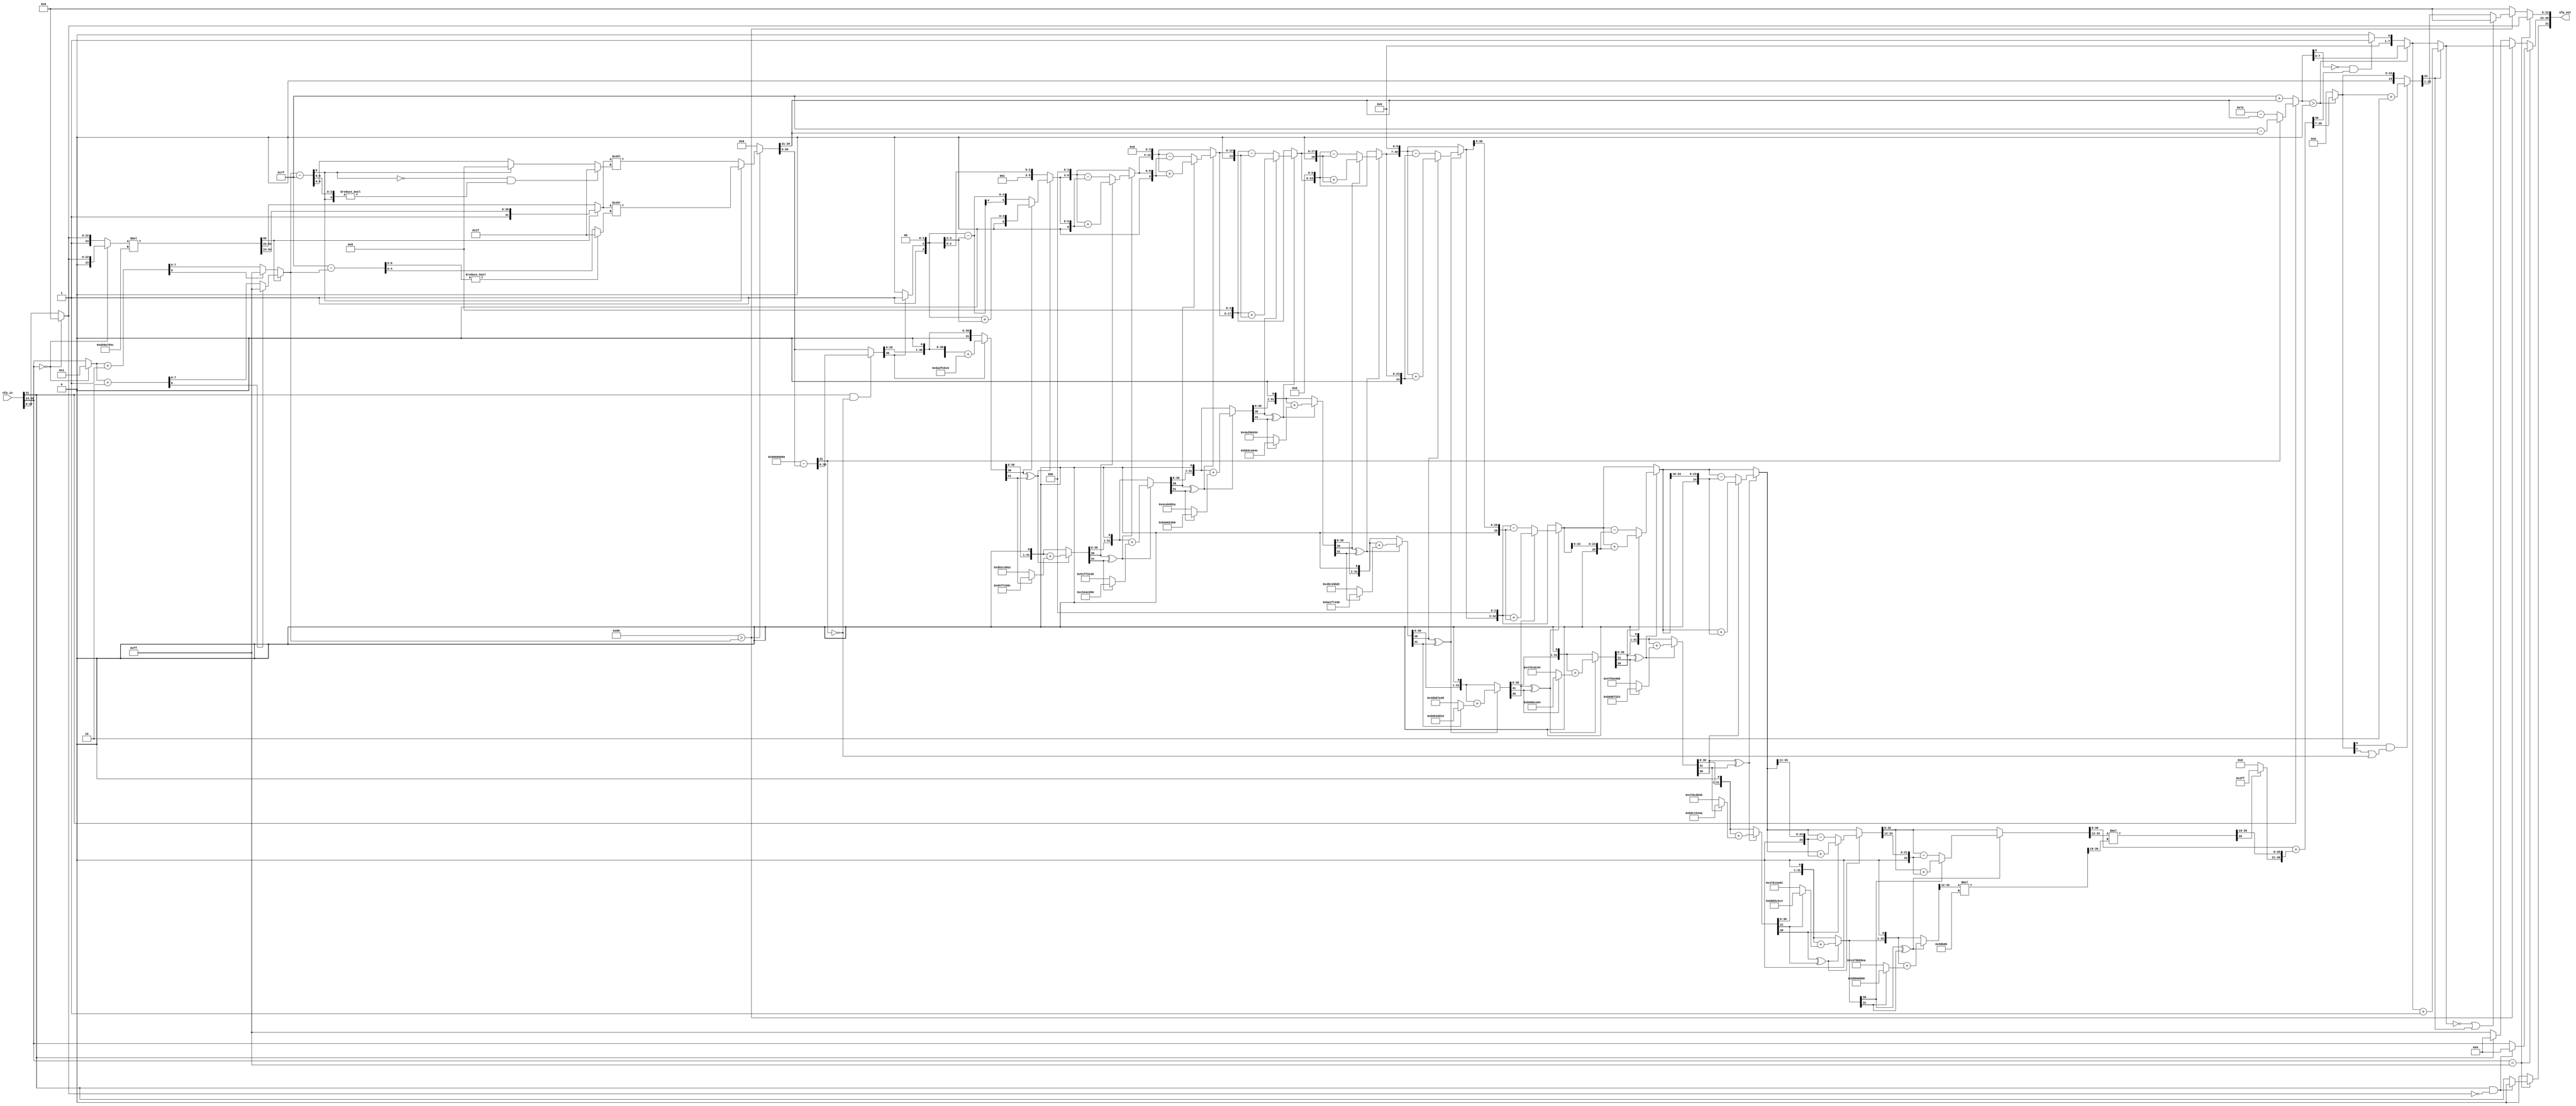
// -------------------------------------------------------------
// 
// 
// Generated by MATLAB 9.12 and HDL Coder 3.20
// 
// -------------------------------------------------------------


// -------------------------------------------------------------
// 
// Module: nfp_pow10_single
// Source Path: SimulinkCFARHDLWorkflowExampleNew/CFAR Implementation Model/Alpha HDL/nfp_pow10_single
// Hierarchy Level: 2
// 
// {Latency Strategy = "Zero", Denormal Handling = "off"}
// 
// -------------------------------------------------------------

`timescale 1 ns / 1 ns

module nfp_pow10_single
          (nfp_in,
           nfp_out);


  input   [31:0] nfp_in;  // ufix32
  output  [31:0] nfp_out;  // ufix32


  wire aSign;  // ufix1
  wire [7:0] aExponent;  // ufix8
  wire [22:0] aMantissa;  // ufix23
  wire aExponent_cfType_Exponent_I_out1;  // ufix1
  wire C3_out1;  // ufix1
  wire Compare_To_Zero_out1;  // ufix1
  wire [22:0] Constant_out1;  // ufix23
  wire [22:0] Switch_out1;  // ufix23
  wire aMantissa_0_out1;  // ufix1
  wire alphaaMantissa_0_aSign_out1;  // ufix1
  wire C2_out1;  // ufix1
  wire if_aMantissa_0_aSign_2_out1;  // ufix1
  wire if_aExponent_cfType_Exponent_2_out1;  // ufix1
  wire signed [10:0] C1_out1;  // sfix11
  wire signed [10:0] C_out1;  // sfix11
  wire signed [10:0] if_aSign_out1;  // sfix11
  wire [2:0] alpha0_out1;  // ufix3
  wire Exponent_0_out1;  // ufix1
  wire alpha1_out1;  // ufix1
  wire [23:0] Bit_Concat1_out1;  // ufix24
  wire alpha0_out1_1;  // ufix1
  wire [23:0] Bit_Concat_out1;  // ufix24
  wire [23:0] if_Exponent_0_cfType_Exp_out1;  // ufix24
  wire [23:0] reinterpretcast_mant_cor_nume_out1;  // ufix24_En23
  wire [32:0] alpha1_66096404753625392914_out1;  // ufix33_En31
  wire [56:0] tmp1_1_66096404753625392914_mul_temp;  // ufix57_En54
  wire [32:0] tmp1_1_66096404753625392914_out1;  // ufix33_En31
  wire BitSlice_out1;  // ufix1
  wire [7:0] C_out1_1;  // ufix8
  wire [7:0] if_Exponent_0_out1;  // ufix8
  wire [7:0] C1_out1_1;  // ufix8
  wire [8:0] exp_cor_1_add_temp;  // ufix9
  wire [8:0] exp_cor_1_1;  // ufix9
  wire [8:0] exp_cor_1_2;  // ufix9
  wire [7:0] exp_cor_1_out1;  // ufix8
  wire [7:0] C_out1_2;  // ufix8
  wire [8:0] exp_cor_2_add_temp;  // ufix9
  wire [8:0] exp_cor_2_1;  // ufix9
  wire [8:0] exp_cor_2_2;  // ufix9
  wire [7:0] exp_cor_2_out1;  // ufix8
  wire [7:0] if_bitget_tmp2_tmp2_WordLength_out1;  // ufix8
  wire [10:0] Bit_Concat_out1_1;  // ufix11
  wire signed [10:0] reinterpretcast_bitconcat_fi_0_out1;  // sfix11
  wire exp_tmp_upperBound_relop1;
  wire [7:0] C1_out1_2;  // ufix8
  wire [7:0] C_out1_3;  // ufix8
  wire [7:0] if_aSign_out1_1;  // ufix8
  wire alpha0_out1_2;  // ufix1
  wire signed [9:0] alpha127_out1;  // sfix10
  wire alpha1_out1_1;  // ufix1
  wire [39:0] C4_out1;  // ufix40_En31
  wire signed [10:0] cast_cfType_ExponentBias_lik_out1;  // sfix11
  wire signed [11:0] exp_tmp_cast_cfType_Exponent_1;  // sfix12
  wire signed [11:0] exp_tmp_cast_cfType_Exponent_2;  // sfix12
  wire signed [11:0] exp_tmp_cast_cfType_Exponent_out1;  // sfix12
  wire signed [10:0] DTC_out1;  // sfix11
  wire BitSlice_out1_1;  // ufix1
  wire [7:0] alpha3_out1;  // ufix8
  wire [31:0] BitSlice2_out1;  // ufix32
  wire [31:0] reinterpretcast_bitsliceget_t_out1;  // ufix32_En31
  wire [31:0] BitSlice1_out1;  // ufix32
  wire [31:0] reinterpretcast_bitsliceget_t_out1_1;  // ufix32_En31
  wire [31:0] if_bitget_tmp2_tmp2_WordLength_1_out1;  // ufix32_En31
  wire [39:0] Bit_Concat3_out1;  // ufix40
  wire [39:0] reinterpretcast_bitconcat_fi_0_out1_1;  // ufix40_En31
  wire [4:0] DTC2_out1;  // ufix5
  wire [7:0] dynamic_shift_cast;  // uint8
  wire [39:0] bitsll_tmp1_shift_length_out1;  // ufix40_En31
  wire [7:0] cast_cfType_ExponentBias_lik_out1_1;  // ufix8
  wire signed [11:0] cast_cfType_ExponentBias_lik_sub_temp;  // sfix12
  wire signed [11:0] cast_cfType_ExponentBias_lik_3;  // sfix12
  wire signed [11:0] cast_cfType_ExponentBias_lik_4;  // sfix12
  wire [8:0] cast_cfType_ExponentBias_lik_out1_2;  // ufix9
  wire [4:0] DTC1_out1;  // ufix5
  wire [7:0] dynamic_shift_cast_1;  // uint8
  wire [39:0] Shift_Arithmetic_out1;  // ufix40_En31
  wire [39:0] if_shift_sign_out1;  // ufix40_En31
  wire [39:0] if_exp_tmp_upperBound_1_out1;  // ufix40_En31
  wire [8:0] BitSlice2_out1_1;  // ufix9
  wire [9:0] Bit_Concat1_out1_1;  // ufix10
  wire signed [9:0] reinterpretcast_bitconcat_fi_0_out1_2;  // sfix10
  wire signed [9:0] alpha127_exp_tmp_out1;  // sfix10
  wire [31:0] cast_1_like_mant_frac_out1;  // ufix32_En31
  wire alpha0_out1_3;  // ufix1
  wire [30:0] BitSlice_out1_2;  // ufix31
  wire [31:0] Bit_Concat_out1_2;  // ufix32
  wire [31:0] reinterpretcast_bitconcat_fi_0_out1_3;  // ufix32_En31
  wire [31:0] cast_1_like_mant_frac_m_out1;  // ufix32_En31
  wire BitSlice1_out1_1;  // ufix1
  wire Logical_Operator_out1;  // ufix1
  wire signed [9:0] C1_out1_3;  // sfix10
  wire signed [9:0] exp_adj_exp_tmp_out1;  // sfix10
  wire signed [9:0] C_out1_4;  // sfix10
  wire signed [9:0] exp_adj_exp_tmp1_out1;  // sfix10
  wire signed [9:0] if_sticky_out1;  // sfix10
  wire signed [9:0] if_aSign_1_out1;  // sfix10
  wire exp_out_0_out1;  // ufix1
  wire [23:0] C2_out1_1;  // ufix24
  wire Logical_Operator1_out1;  // ufix1
  wire [31:0] if_sticky_1_out1;  // ufix32_En31
  wire Constant_out1_1;  // ufix1
  wire [32:0] Bit_Concat_out1_3;  // ufix33
  wire signed [32:0] Data_Type_Conversion_out1;  // sfix33_En31
  wire BitSlice_out1_3;  // ufix1
  wire signed [32:0] Log2Table_1_out1;  // sfix33_En31
  wire signed [32:0] w_Log2Table_1_out1;  // sfix33_En31
  wire signed [32:0] if_bitget_w_w_WordLength_1_out1;  // sfix33_En31
  wire signed [32:0] bitsll_w_1_out1;  // sfix33_En31
  wire BitSlice1_out1_2;  // ufix1
  wire BitSlice_out1_4;  // ufix1
  wire alphabitget_w_w_WordLength_1_out1;  // ufix1
  wire signed [32:0] Log2Table_int32_2_out1;  // sfix33_En31
  wire signed [32:0] Log2MinusTable_int32_2_out1;  // sfix33_En31
  wire signed [32:0] if_bitget_w_w_WordLength_0_out1;  // sfix33_En31
  wire signed [32:0] w_Log2MinusTable_int32_2_1_out1;  // sfix33_En31
  wire signed [32:0] if_bitget_w_w_WordLength_1_out1_1;  // sfix33_En31
  wire signed [32:0] bitsll_w_1_out1_1;  // sfix33_En31
  wire BitSlice1_out1_3;  // ufix1
  wire BitSlice_out1_5;  // ufix1
  wire alphabitget_w_w_WordLength_1_out1_1;  // ufix1
  wire signed [32:0] Log2Table_int32_3_out1;  // sfix33_En31
  wire signed [32:0] Log2MinusTable_int32_3_out1;  // sfix33_En31
  wire signed [32:0] if_bitget_w_w_WordLength_0_out1_1;  // sfix33_En31
  wire signed [32:0] w_Log2MinusTable_int32_2_out1;  // sfix33_En31
  wire signed [32:0] if_bitget_w_w_WordLength_1_out1_2;  // sfix33_En31
  wire signed [32:0] bitsll_w_1_out1_2;  // sfix33_En31
  wire BitSlice1_out1_4;  // ufix1
  wire BitSlice_out1_6;  // ufix1
  wire alphabitget_w_w_WordLength_1_out1_2;  // ufix1
  wire signed [32:0] Log2Table_int32_4_out1;  // sfix33_En31
  wire signed [32:0] Log2MinusTable_int32_4_out1;  // sfix33_En31
  wire signed [32:0] if_bitget_w_w_WordLength_0_out1_2;  // sfix33_En31
  wire signed [32:0] w_Log2MinusTable_int32_2_out1_1;  // sfix33_En31
  wire signed [32:0] if_bitget_w_w_WordLength_1_out1_3;  // sfix33_En31
  wire signed [32:0] bitsll_w_1_out1_3;  // sfix33_En31
  wire BitSlice1_out1_5;  // ufix1
  wire BitSlice_out1_7;  // ufix1
  wire alphabitget_w_w_WordLength_1_out1_3;  // ufix1
  wire signed [32:0] Log2Table_int32_5_out1;  // sfix33_En31
  wire signed [32:0] Log2MinusTable_int32_5_out1;  // sfix33_En31
  wire signed [32:0] if_bitget_w_w_WordLength_0_out1_3;  // sfix33_En31
  wire signed [32:0] w_Log2MinusTable_int32_2_out1_2;  // sfix33_En31
  wire signed [32:0] if_bitget_w_w_WordLength_1_out1_4;  // sfix33_En31
  wire signed [32:0] bitsll_w_1_out1_4;  // sfix33_En31
  wire BitSlice1_out1_6;  // ufix1
  wire BitSlice_out1_8;  // ufix1
  wire alphabitget_w_w_WordLength_1_out1_4;  // ufix1
  wire signed [32:0] Log2Table_int32_6_out1;  // sfix33_En31
  wire signed [32:0] Log2MinusTable_int32_6_out1;  // sfix33_En31
  wire signed [32:0] if_bitget_w_w_WordLength_0_out1_4;  // sfix33_En31
  wire signed [32:0] w_Log2MinusTable_int32_2_out1_3;  // sfix33_En31
  wire signed [32:0] if_bitget_w_w_WordLength_1_out1_5;  // sfix33_En31
  wire signed [32:0] bitsll_w_1_out1_5;  // sfix33_En31
  wire BitSlice1_out1_7;  // ufix1
  wire BitSlice_out1_9;  // ufix1
  wire alphabitget_w_w_WordLength_1_out1_5;  // ufix1
  wire signed [32:0] Log2Table_int32_7_out1;  // sfix33_En31
  wire signed [32:0] Log2MinusTable_int32_7_out1;  // sfix33_En31
  wire signed [32:0] if_bitget_w_w_WordLength_0_out1_5;  // sfix33_En31
  wire signed [32:0] w_Log2MinusTable_int32_2_out1_4;  // sfix33_En31
  wire signed [32:0] if_bitget_w_w_WordLength_1_out1_6;  // sfix33_En31
  wire signed [32:0] bitsll_w_1_out1_6;  // sfix33_En31
  wire BitSlice1_out1_8;  // ufix1
  wire BitSlice_out1_10;  // ufix1
  wire alphabitget_w_w_WordLength_1_out1_6;  // ufix1
  wire signed [32:0] Log2Table_int32_8_out1;  // sfix33_En31
  wire signed [32:0] Log2MinusTable_int32_8_out1;  // sfix33_En31
  wire signed [32:0] if_bitget_w_w_WordLength_0_out1_6;  // sfix33_En31
  wire signed [32:0] w_Log2MinusTable_int32_2_out1_5;  // sfix33_En31
  wire signed [32:0] if_bitget_w_w_WordLength_1_out1_7;  // sfix33_En31
  wire signed [32:0] bitsll_w_1_out1_7;  // sfix33_En31
  wire BitSlice1_out1_9;  // ufix1
  wire BitSlice_out1_11;  // ufix1
  wire alphabitget_w_w_WordLength_1_out1_7;  // ufix1
  wire signed [32:0] Log2Table_int32_9_out1;  // sfix33_En31
  wire signed [32:0] Log2MinusTable_int32_9_out1;  // sfix33_En31
  wire signed [32:0] if_bitget_w_w_WordLength_0_out1_7;  // sfix33_En31
  wire signed [32:0] w_Log2MinusTable_int32_2_out1_6;  // sfix33_En31
  wire signed [32:0] if_bitget_w_w_WordLength_1_out1_8;  // sfix33_En31
  wire signed [32:0] bitsll_w_1_out1_8;  // sfix33_En31
  wire BitSlice1_out1_10;  // ufix1
  wire BitSlice_out1_12;  // ufix1
  wire alphabitget_w_w_WordLength_1_out1_8;  // ufix1
  wire signed [32:0] Log2Table_int32_10_out1;  // sfix33_En31
  wire signed [32:0] Log2MinusTable_int32_10_out1;  // sfix33_En31
  wire signed [32:0] if_bitget_w_w_WordLength_0_out1_8;  // sfix33_En31
  wire signed [32:0] w_Log2MinusTable_int32_2_out1_7;  // sfix33_En31
  wire signed [32:0] if_bitget_w_w_WordLength_1_out1_9;  // sfix33_En31
  wire signed [32:0] bitsll_w_1_out1_9;  // sfix33_En31
  wire BitSlice1_out1_11;  // ufix1
  wire BitSlice_out1_13;  // ufix1
  wire alphabitget_w_w_WordLength_1_out1_9;  // ufix1
  wire signed [32:0] Log2Table_int32_11_out1;  // sfix33_En31
  wire signed [32:0] Log2MinusTable_int32_11_out1;  // sfix33_En31
  wire signed [32:0] if_bitget_w_w_WordLength_0_out1_9;  // sfix33_En31
  wire signed [32:0] w_Log2MinusTable_int32_2_out1_8;  // sfix33_En31
  wire signed [32:0] if_bitget_w_w_WordLength_1_out1_10;  // sfix33_En31
  wire signed [32:0] bitsll_w_1_out1_10;  // sfix33_En31
  wire BitSlice1_out1_12;  // ufix1
  wire BitSlice_out1_14;  // ufix1
  wire alphabitget_w_w_WordLength_1_out1_10;  // ufix1
  wire signed [3:0] C1_out1_4;  // sfix4_En1
  wire signed [3:0] C_out1_5;  // sfix4_En1
  wire signed [3:0] if_bitget_w_w_WordLength_1_1_out1;  // sfix4_En1
  wire [1:0] Constant_out1_2;  // ufix2
  wire [5:0] Bit_Concat_out1_4;  // ufix6
  wire signed [5:0] dtc1_out1_1;  // sfix6_En3
  wire signed [5:0] bitsrl_y_int32_2_out1;  // sfix6_En3
  wire signed [5:0] y_tmp1_out1;  // sfix6_En3
  wire signed [5:0] y_tmp1_out1_1;  // sfix6_En3
  wire signed [5:0] if_bitget_w_w_WordLength_0_1_out1;  // sfix6_En3
  wire signed [5:0] if_bitget_w_w_WordLength_1_1_out1_1;  // sfix6_En3
  wire [2:0] Constant_out1_3;  // ufix3
  wire [8:0] Bit_Concat_out1_5;  // ufix9
  wire signed [8:0] dtc1_out1_2;  // sfix9_En6
  wire signed [8:0] bitsrl_y_int32_2_out1_1;  // sfix9_En6
  wire signed [8:0] y_tmp1_out1_2;  // sfix9_En6
  wire signed [8:0] y_tmp1_out1_3;  // sfix9_En6
  wire signed [8:0] if_bitget_w_w_WordLength_0_1_out1_1;  // sfix9_En6
  wire signed [8:0] if_bitget_w_w_WordLength_1_1_out1_2;  // sfix9_En6
  wire [3:0] Constant_out1_4;  // ufix4
  wire [12:0] Bit_Concat_out1_6;  // ufix13
  wire signed [12:0] dtc1_out1_3;  // sfix13_En10
  wire signed [12:0] bitsrl_y_int32_2_out1_2;  // sfix13_En10
  wire signed [12:0] y_tmp1_out1_4;  // sfix13_En10
  wire signed [12:0] y_tmp1_out1_5;  // sfix13_En10
  wire signed [12:0] if_bitget_w_w_WordLength_0_1_out1_2;  // sfix13_En10
  wire signed [12:0] if_bitget_w_w_WordLength_1_1_out1_3;  // sfix13_En10
  wire [4:0] Constant_out1_5;  // ufix5
  wire [17:0] Bit_Concat_out1_7;  // ufix18
  wire signed [17:0] dtc1_out1_4;  // sfix18_En15
  wire signed [17:0] bitsrl_y_int32_2_out1_3;  // sfix18_En15
  wire signed [17:0] y_tmp1_out1_6;  // sfix18_En15
  wire signed [17:0] y_tmp1_out1_7;  // sfix18_En15
  wire signed [17:0] if_bitget_w_w_WordLength_0_1_out1_3;  // sfix18_En15
  wire signed [17:0] if_bitget_w_w_WordLength_1_1_out1_4;  // sfix18_En15
  wire [5:0] Constant_out1_6;  // ufix6
  wire [23:0] Bit_Concat_out1_8;  // ufix24
  wire signed [23:0] dtc1_out1_5;  // sfix24_En21
  wire signed [23:0] bitsrl_y_int32_2_out1_4;  // sfix24_En21
  wire signed [23:0] y_tmp1_out1_8;  // sfix24_En21
  wire signed [23:0] y_tmp1_out1_9;  // sfix24_En21
  wire signed [23:0] if_bitget_w_w_WordLength_0_1_out1_4;  // sfix24_En21
  wire signed [23:0] if_bitget_w_w_WordLength_1_1_out1_5;  // sfix24_En21
  wire [6:0] Constant_out1_7;  // ufix7
  wire [30:0] Bit_Concat_out1_9;  // ufix31
  wire signed [30:0] dtc1_out1_6;  // sfix31_En28
  wire signed [30:0] bitsrl_y_int32_2_out1_5;  // sfix31_En28
  wire signed [30:0] y_tmp1_out1_10;  // sfix31_En28
  wire signed [30:0] y_tmp1_out1_11;  // sfix31_En28
  wire signed [30:0] if_bitget_w_w_WordLength_0_1_out1_5;  // sfix31_En28
  wire signed [30:0] if_bitget_w_w_WordLength_1_1_out1_6;  // sfix31_En28
  wire [2:0] Constant_out1_8;  // ufix3
  wire [33:0] Bit_Concat_out1_10;  // ufix34
  wire signed [33:0] dtc1_out1_7;  // sfix34_En31
  wire signed [33:0] bitsrl_y_int32_2_out1_6;  // sfix34_En31
  wire signed [33:0] y_tmp1_out1_12;  // sfix34_En31
  wire signed [33:0] y_tmp1_out1_13;  // sfix34_En31
  wire signed [33:0] if_bitget_w_w_WordLength_0_1_out1_6;  // sfix34_En31
  wire signed [33:0] if_bitget_w_w_WordLength_1_1_out1_7;  // sfix34_En31
  wire signed [33:0] bitsrl_y_int32_2_out1_7;  // sfix34_En31
  wire signed [33:0] y_tmp1_out1_14;  // sfix34_En31
  wire signed [33:0] y_tmp1_out1_15;  // sfix34_En31
  wire signed [33:0] if_bitget_w_w_WordLength_0_1_out1_7;  // sfix34_En31
  wire signed [33:0] if_bitget_w_w_WordLength_1_1_out1_8;  // sfix34_En31
  wire signed [33:0] bitsrl_y_int32_2_out1_8;  // sfix34_En31
  wire signed [33:0] y_tmp1_out1_16;  // sfix34_En31
  wire signed [33:0] y_tmp1_out1_17;  // sfix34_En31
  wire signed [33:0] if_bitget_w_w_WordLength_0_1_out1_8;  // sfix34_En31
  wire signed [33:0] if_bitget_w_w_WordLength_1_1_out1_9;  // sfix34_En31
  wire signed [33:0] bitsrl_y_int32_2_out1_9;  // sfix34_En31
  wire signed [33:0] y_tmp1_out1_18;  // sfix34_En31
  wire signed [33:0] y_tmp1_out1_19;  // sfix34_En31
  wire signed [33:0] if_bitget_w_w_WordLength_0_1_out1_9;  // sfix34_En31
  wire signed [33:0] if_bitget_w_w_WordLength_1_1_out1_10;  // sfix34_En31
  wire signed [33:0] bitsrl_y_int32_2_out1_10;  // sfix34_En31
  wire signed [33:0] y_tmp1_out1_20;  // sfix34_En31
  wire signed [33:0] y_tmp1_out1_21;  // sfix34_En31
  wire signed [33:0] if_bitget_w_w_WordLength_0_1_out1_10;  // sfix34_En31
  wire signed [33:0] if_bitget_w_w_WordLength_1_1_out1_11;  // sfix34_En31
  wire signed [32:0] Log2Table_int32_11_out1_1;  // sfix33_En31
  wire signed [32:0] Log2MinusTable_int32_11_out1_1;  // sfix33_En31
  wire signed [32:0] if_bitget_w_w_WordLength_0_out1_10;  // sfix33_En31
  wire signed [32:0] w_Log2MinusTable_int32_2_out1_9;  // sfix33_En31
  wire signed [32:0] if_bitget_w_w_WordLength_1_out1_11;  // sfix33_En31
  wire [20:0] Bit_Slice_out1;  // ufix21
  wire signed [20:0] Data_Type_Conversion_out1_1;  // sfix21_En19
  wire [20:0] Bit_Slice2_out1;  // ufix21
  wire signed [20:0] Data_Type_Conversion1_out1;  // sfix21_En19
  wire signed [20:0] alpha0_69314717873930931_out1;  // sfix21_En19
  wire signed [41:0] tmp1_0_69314717873930931_mul_temp;  // sfix42_En38
  wire signed [20:0] tmp1_0_69314717873930931_out1;  // sfix21_En19
  wire signed [41:0] tmp2_y_mul_temp;  // sfix42_En38
  wire signed [20:0] tmp2_y_out1;  // sfix21_En19
  wire Bit_Slice1_out1;  // ufix1
  wire signed [12:0] Constant1_out1;  // sfix13
  wire signed [12:0] Constant_out1_9;  // sfix13
  wire signed [12:0] Switch_out1_1;  // sfix13
  wire [33:0] Bit_Concat_out1_11;  // ufix34
  wire signed [33:0] DTC2_out1_1;  // sfix34_En31
  wire signed [33:0] y_tmp3_out1;  // sfix34_En31
  wire [23:0] BitSlice_out1_15;  // ufix24
  wire [23:0] if_exp_out_0_1_out1;  // ufix24
  wire [24:0] Bit_Concat_out1_12;  // ufix25
  wire BitSlice_out1_16;  // ufix1
  wire BitSlice1_out1_13;  // ufix1
  wire alphabitget_Mant_tmp_2_0_out1;  // ufix1
  wire alphabitget_Mant_tmp_1_0_out1;  // ufix1
  wire [24:0] cast_2_like_Mant_tmp_out1;  // ufix25
  wire [31:0] Mant_tmp_cast_2_like_Man_add_temp;  // ufix32
  wire [31:0] Mant_tmp_cast_2_like_Man_1;  // ufix32
  wire [31:0] Mant_tmp_cast_2_like_Man_2;  // ufix32
  wire [24:0] Mant_tmp_cast_2_like_Man_out1;  // ufix25
  wire [24:0] if_bitget_Mant_tmp_1_0_out1;  // ufix25
  wire BitSlice2_out1_2;  // ufix1
  wire BitSlice2_out1_3;  // ufix1
  wire Logical_Operator_out1_1;  // ufix1
  wire BitSlice1_out1_14;  // ufix1
  wire bitget_y_cfType_Pow2Intermedi_out1;  // ufix1
  wire [7:0] C1_out1_5;  // ufix8
  wire [7:0] C_out1_6;  // ufix8
  wire [7:0] if_bitget_y_cfType_Pow2Intermed_out1;  // ufix8
  wire [7:0] DTC_out1_1;  // ufix8
  wire [7:0] if_exp_out_0_out1;  // ufix8
  wire [7:0] cast_1_like_Exp_out1;  // ufix8
  wire [7:0] Exp_cast_1_like_Exp_out1;  // ufix8
  wire [7:0] if_bitget_Mant_tmp_Mant_tmp_Wor_out1;  // ufix8
  wire [7:0] if_in_range_out1;  // ufix8
  wire [7:0] C_out1_7;  // ufix8
  wire [7:0] if_aMantissa_0_aSign_out1;  // ufix8
  wire [7:0] if_aExponent_cfType_Exponent_out1;  // ufix8
  wire [22:0] C2_out1_2;  // ufix23
  wire Compare_To_Zero_out1_1;  // ufix1
  wire Logical_Operator_out1_2;  // ufix1
  wire [22:0] BitSlice3_out1;  // ufix23
  wire [22:0] C_out1_8;  // ufix23
  wire [22:0] if_bitget_Mant_tmp_Mant_tmp_Wor_1_out1;  // ufix23
  wire [22:0] if_in_range_1_out1;  // ufix23
  wire [22:0] if_aExponent_cfType_Exponent_1_out1;  // ufix23
  wire [31:0] nfp_out_pack;  // ufix32


  // Split 32 bit word into FP sign, exponent, mantissa
  assign aSign = nfp_in[31];
  assign aExponent = nfp_in[30:23];
  assign aMantissa = nfp_in[22:0];



  assign aExponent_cfType_Exponent_I_out1 = aExponent == 8'b11111111;



  assign C3_out1 = 1'b0;



  assign Compare_To_Zero_out1 = aExponent == 8'b00000000;



  assign Constant_out1 = 23'b00000000000000000000000;



  assign Switch_out1 = (Compare_To_Zero_out1 == 1'b0 ? aMantissa :
              Constant_out1);



  assign aMantissa_0_out1 = Switch_out1 == 23'b00000000000000000000000;



  assign alphaaMantissa_0_aSign_out1 = aSign & aMantissa_0_out1;



  assign C2_out1 = 1'b0;



  assign if_aMantissa_0_aSign_2_out1 = (alphaaMantissa_0_aSign_out1 == 1'b0 ? aSign :
              C2_out1);



  assign if_aExponent_cfType_Exponent_2_out1 = (aExponent_cfType_Exponent_I_out1 == 1'b0 ? C3_out1 :
              if_aMantissa_0_aSign_2_out1);



  assign C1_out1 = 11'sb00010000110;



  assign C_out1 = 11'sb00010000110;



  assign if_aSign_out1 = (aSign == 1'b0 ? C1_out1 :
              C_out1);



  assign alpha0_out1 = 3'b000;



  assign Exponent_0_out1 = aExponent == 8'b00000000;



  assign alpha1_out1 = 1'b1;



  assign Bit_Concat1_out1 = {alpha1_out1, Switch_out1};



  assign alpha0_out1_1 = 1'b0;



  assign Bit_Concat_out1 = {alpha0_out1_1, Switch_out1};



  assign if_Exponent_0_cfType_Exp_out1 = (Exponent_0_out1 == 1'b0 ? Bit_Concat1_out1 :
              Bit_Concat_out1);



  assign reinterpretcast_mant_cor_nume_out1 = if_Exponent_0_cfType_Exp_out1;



  assign alpha1_66096404753625392914_out1 = 33'h0D49A784C;



  assign tmp1_1_66096404753625392914_mul_temp = reinterpretcast_mant_cor_nume_out1 * alpha1_66096404753625392914_out1;
  assign tmp1_1_66096404753625392914_out1 = tmp1_1_66096404753625392914_mul_temp[55:23];



  assign BitSlice_out1 = tmp1_1_66096404753625392914_out1[32];



  assign C_out1_1 = 8'b00000001;



  assign if_Exponent_0_out1 = (Exponent_0_out1 == 1'b0 ? aExponent :
              C_out1_1);



  assign C1_out1_1 = 8'b00000001;



  assign exp_cor_1_1 = {1'b0, if_Exponent_0_out1};
  assign exp_cor_1_2 = {1'b0, C1_out1_1};
  assign exp_cor_1_add_temp = exp_cor_1_1 + exp_cor_1_2;
  assign exp_cor_1_out1 = (exp_cor_1_add_temp[8] != 1'b0 ? 8'b11111111 :
              exp_cor_1_add_temp[7:0]);



  assign C_out1_2 = 8'b00000010;



  assign exp_cor_2_1 = {1'b0, if_Exponent_0_out1};
  assign exp_cor_2_2 = {1'b0, C_out1_2};
  assign exp_cor_2_add_temp = exp_cor_2_1 + exp_cor_2_2;
  assign exp_cor_2_out1 = (exp_cor_2_add_temp[8] != 1'b0 ? 8'b11111111 :
              exp_cor_2_add_temp[7:0]);



  assign if_bitget_tmp2_tmp2_WordLength_out1 = (BitSlice_out1 == 1'b0 ? exp_cor_1_out1 :
              exp_cor_2_out1);



  assign Bit_Concat_out1_1 = {alpha0_out1, if_bitget_tmp2_tmp2_WordLength_out1};



  assign reinterpretcast_bitconcat_fi_0_out1 = Bit_Concat_out1_1;



  assign exp_tmp_upperBound_relop1 = if_aSign_out1 > reinterpretcast_bitconcat_fi_0_out1;



  assign C1_out1_2 = 8'b11111111;



  assign C_out1_3 = 8'b00000000;



  assign if_aSign_out1_1 = (aSign == 1'b0 ? C1_out1_2 :
              C_out1_3);



  assign alpha0_out1_2 = 1'b0;



  assign alpha127_out1 = 10'sb0001111111;



  assign alpha1_out1_1 = 1'b0;



  assign C4_out1 = 40'h0000000000;



  assign cast_cfType_ExponentBias_lik_out1 = 11'sb00001111111;



  assign exp_tmp_cast_cfType_Exponent_1 = {reinterpretcast_bitconcat_fi_0_out1[10], reinterpretcast_bitconcat_fi_0_out1};
  assign exp_tmp_cast_cfType_Exponent_2 = {cast_cfType_ExponentBias_lik_out1[10], cast_cfType_ExponentBias_lik_out1};
  assign exp_tmp_cast_cfType_Exponent_out1 = exp_tmp_cast_cfType_Exponent_1 - exp_tmp_cast_cfType_Exponent_2;



  assign DTC_out1 = exp_tmp_cast_cfType_Exponent_out1[10:0];



  assign BitSlice_out1_1 = DTC_out1[10];



  assign alpha3_out1 = 8'b00000000;



  assign BitSlice2_out1 = tmp1_1_66096404753625392914_out1[31:0];



  assign reinterpretcast_bitsliceget_t_out1 = BitSlice2_out1;



  assign BitSlice1_out1 = tmp1_1_66096404753625392914_out1[32:1];



  assign reinterpretcast_bitsliceget_t_out1_1 = BitSlice1_out1;



  assign if_bitget_tmp2_tmp2_WordLength_1_out1 = (BitSlice_out1 == 1'b0 ? reinterpretcast_bitsliceget_t_out1 :
              reinterpretcast_bitsliceget_t_out1_1);



  assign Bit_Concat3_out1 = {alpha3_out1, if_bitget_tmp2_tmp2_WordLength_1_out1};



  assign reinterpretcast_bitconcat_fi_0_out1_1 = Bit_Concat3_out1;



  assign DTC2_out1 = ((DTC_out1[10] == 1'b0) && (DTC_out1[9:5] != 5'b00000) ? 5'b11111 :
              (DTC_out1[10] == 1'b1 ? 5'b00000 :
              DTC_out1[4:0]));



  assign dynamic_shift_cast = {3'b0, DTC2_out1};
  assign bitsll_tmp1_shift_length_out1 = reinterpretcast_bitconcat_fi_0_out1_1 <<< dynamic_shift_cast;



  assign cast_cfType_ExponentBias_lik_out1_1 = 8'b01111111;



  assign cast_cfType_ExponentBias_lik_3 = {4'b0, cast_cfType_ExponentBias_lik_out1_1};
  assign cast_cfType_ExponentBias_lik_4 = {4'b0, if_bitget_tmp2_tmp2_WordLength_out1};
  assign cast_cfType_ExponentBias_lik_sub_temp = cast_cfType_ExponentBias_lik_3 - cast_cfType_ExponentBias_lik_4;
  assign cast_cfType_ExponentBias_lik_out1_2 = cast_cfType_ExponentBias_lik_sub_temp[8:0];



  assign DTC1_out1 = (cast_cfType_ExponentBias_lik_out1_2[8:5] != 4'b0000 ? 5'b11111 :
              cast_cfType_ExponentBias_lik_out1_2[4:0]);



  assign dynamic_shift_cast_1 = {3'b0, DTC1_out1};
  assign Shift_Arithmetic_out1 = reinterpretcast_bitconcat_fi_0_out1_1 >>> dynamic_shift_cast_1;



  assign if_shift_sign_out1 = (BitSlice_out1_1 == 1'b0 ? bitsll_tmp1_shift_length_out1 :
              Shift_Arithmetic_out1);



  assign if_exp_tmp_upperBound_1_out1 = (exp_tmp_upperBound_relop1 == 1'b0 ? C4_out1 :
              if_shift_sign_out1);



  assign BitSlice2_out1_1 = if_exp_tmp_upperBound_1_out1[39:31];



  assign Bit_Concat1_out1_1 = {alpha1_out1_1, BitSlice2_out1_1};



  assign reinterpretcast_bitconcat_fi_0_out1_2 = Bit_Concat1_out1_1;



  assign alpha127_exp_tmp_out1 = alpha127_out1 + reinterpretcast_bitconcat_fi_0_out1_2;



  assign cast_1_like_mant_frac_out1 = 32'b10000000000000000000000000000000;



  assign alpha0_out1_3 = 1'b0;



  assign BitSlice_out1_2 = if_exp_tmp_upperBound_1_out1[30:0];



  assign Bit_Concat_out1_2 = {alpha0_out1_3, BitSlice_out1_2};



  assign reinterpretcast_bitconcat_fi_0_out1_3 = Bit_Concat_out1_2;



  assign cast_1_like_mant_frac_m_out1 = cast_1_like_mant_frac_out1 - reinterpretcast_bitconcat_fi_0_out1_3;



  assign BitSlice1_out1_1 = cast_1_like_mant_frac_m_out1[31];



  assign Logical_Operator_out1 =  ~ BitSlice1_out1_1;



  assign C1_out1_3 = 10'sb0001111111;



  assign exp_adj_exp_tmp_out1 = C1_out1_3 - reinterpretcast_bitconcat_fi_0_out1_2;



  assign C_out1_4 = 10'sb0001111110;



  assign exp_adj_exp_tmp1_out1 = C_out1_4 - reinterpretcast_bitconcat_fi_0_out1_2;



  assign if_sticky_out1 = (Logical_Operator_out1 == 1'b0 ? exp_adj_exp_tmp_out1 :
              exp_adj_exp_tmp1_out1);



  assign if_aSign_1_out1 = (aSign == 1'b0 ? alpha127_exp_tmp_out1 :
              if_sticky_out1);



  assign exp_out_0_out1 = if_aSign_1_out1 > 10'sb0000000000;



  assign C2_out1_1 = 24'b000000000000000000000000;



  assign Logical_Operator1_out1 = aSign & Logical_Operator_out1;



  assign if_sticky_1_out1 = (Logical_Operator1_out1 == 1'b0 ? reinterpretcast_bitconcat_fi_0_out1_3 :
              cast_1_like_mant_frac_m_out1);



  assign Constant_out1_1 = 1'b0;



  assign Bit_Concat_out1_3 = {if_sticky_1_out1, Constant_out1_1};



  assign Data_Type_Conversion_out1 = Bit_Concat_out1_3;



  assign BitSlice_out1_3 = Data_Type_Conversion_out1[31];



  assign Log2Table_1_out1 = 33'sh16A3FE5C6;



  assign w_Log2Table_1_out1 = Data_Type_Conversion_out1 + Log2Table_1_out1;



  assign if_bitget_w_w_WordLength_1_out1 = (BitSlice_out1_3 == 1'b0 ? Data_Type_Conversion_out1 :
              w_Log2Table_1_out1);



  assign bitsll_w_1_out1 = if_bitget_w_w_WordLength_1_out1 <<< 8'd1;



  assign BitSlice1_out1_2 = bitsll_w_1_out1[31];



  assign BitSlice_out1_4 = bitsll_w_1_out1[32];



  assign alphabitget_w_w_WordLength_1_out1 = BitSlice1_out1_2 ^ BitSlice_out1_4;



  assign Log2Table_int32_2_out1 = 33'sh15B2C3DA2;



  assign Log2MinusTable_int32_2_out1 = 33'sh0D47FCB8C;



  assign if_bitget_w_w_WordLength_0_out1 = (BitSlice_out1_4 == 1'b0 ? Log2Table_int32_2_out1 :
              Log2MinusTable_int32_2_out1);



  assign w_Log2MinusTable_int32_2_1_out1 = bitsll_w_1_out1 + if_bitget_w_w_WordLength_0_out1;



  assign if_bitget_w_w_WordLength_1_out1_1 = (alphabitget_w_w_WordLength_1_out1 == 1'b0 ? bitsll_w_1_out1 :
              w_Log2MinusTable_int32_2_1_out1);



  assign bitsll_w_1_out1_1 = if_bitget_w_w_WordLength_1_out1_1 <<< 8'd1;



  assign BitSlice1_out1_3 = bitsll_w_1_out1_1[31];



  assign BitSlice_out1_5 = bitsll_w_1_out1_1[32];



  assign alphabitget_w_w_WordLength_1_out1_1 = BitSlice1_out1_3 ^ BitSlice_out1_5;



  assign Log2Table_int32_3_out1 = 33'sh151FF2E30;



  assign Log2MinusTable_int32_3_out1 = 33'sh0C544C056;



  assign if_bitget_w_w_WordLength_0_out1_1 = (BitSlice_out1_5 == 1'b0 ? Log2Table_int32_3_out1 :
              Log2MinusTable_int32_3_out1);



  assign w_Log2MinusTable_int32_2_out1 = bitsll_w_1_out1_1 + if_bitget_w_w_WordLength_0_out1_1;



  assign if_bitget_w_w_WordLength_1_out1_2 = (alphabitget_w_w_WordLength_1_out1_1 == 1'b0 ? bitsll_w_1_out1_1 :
              w_Log2MinusTable_int32_2_out1);



  assign bitsll_w_1_out1_2 = if_bitget_w_w_WordLength_1_out1_2 <<< 8'd1;



  assign BitSlice1_out1_4 = bitsll_w_1_out1_2[31];



  assign BitSlice_out1_6 = bitsll_w_1_out1_2[32];



  assign alphabitget_w_w_WordLength_1_out1_2 = BitSlice1_out1_4 ^ BitSlice_out1_6;



  assign Log2Table_int32_4_out1 = 33'sh14CE0482A;



  assign Log2MinusTable_int32_4_out1 = 33'sh0BEB024B6;



  assign if_bitget_w_w_WordLength_0_out1_2 = (BitSlice_out1_6 == 1'b0 ? Log2Table_int32_4_out1 :
              Log2MinusTable_int32_4_out1);



  assign w_Log2MinusTable_int32_2_out1_1 = bitsll_w_1_out1_2 + if_bitget_w_w_WordLength_0_out1_2;



  assign if_bitget_w_w_WordLength_1_out1_3 = (alphabitget_w_w_WordLength_1_out1_2 == 1'b0 ? bitsll_w_1_out1_2 :
              w_Log2MinusTable_int32_2_out1_1);



  assign bitsll_w_1_out1_3 = if_bitget_w_w_WordLength_1_out1_3 <<< 8'd1;



  assign BitSlice1_out1_5 = bitsll_w_1_out1_3[31];



  assign BitSlice_out1_7 = bitsll_w_1_out1_3[32];



  assign alphabitget_w_w_WordLength_1_out1_3 = BitSlice1_out1_5 ^ BitSlice_out1_7;



  assign Log2Table_int32_5_out1 = 33'sh14A296454;



  assign Log2MinusTable_int32_5_out1 = 33'sh0BB9CA64E;



  assign if_bitget_w_w_WordLength_0_out1_3 = (BitSlice_out1_7 == 1'b0 ? Log2Table_int32_5_out1 :
              Log2MinusTable_int32_5_out1);



  assign w_Log2MinusTable_int32_2_out1_2 = bitsll_w_1_out1_3 + if_bitget_w_w_WordLength_0_out1_3;



  assign if_bitget_w_w_WordLength_1_out1_4 = (alphabitget_w_w_WordLength_1_out1_3 == 1'b0 ? bitsll_w_1_out1_3 :
              w_Log2MinusTable_int32_2_out1_2);



  assign bitsll_w_1_out1_4 = if_bitget_w_w_WordLength_1_out1_4 <<< 8'd1;



  assign BitSlice1_out1_6 = bitsll_w_1_out1_4[31];



  assign BitSlice_out1_8 = bitsll_w_1_out1_4[32];



  assign alphabitget_w_w_WordLength_1_out1_4 = BitSlice1_out1_6 ^ BitSlice_out1_8;



  assign Log2Table_int32_6_out1 = 33'sh148C34BD2;



  assign Log2MinusTable_int32_6_out1 = 33'sh0BA1F7430;



  assign if_bitget_w_w_WordLength_0_out1_4 = (BitSlice_out1_8 == 1'b0 ? Log2Table_int32_6_out1 :
              Log2MinusTable_int32_6_out1);



  assign w_Log2MinusTable_int32_2_out1_3 = bitsll_w_1_out1_4 + if_bitget_w_w_WordLength_0_out1_4;



  assign if_bitget_w_w_WordLength_1_out1_5 = (alphabitget_w_w_WordLength_1_out1_4 == 1'b0 ? bitsll_w_1_out1_4 :
              w_Log2MinusTable_int32_2_out1_3);



  assign bitsll_w_1_out1_5 = if_bitget_w_w_WordLength_1_out1_5 <<< 8'd1;



  assign BitSlice1_out1_7 = bitsll_w_1_out1_5[31];



  assign BitSlice_out1_9 = bitsll_w_1_out1_5[32];



  assign alphabitget_w_w_WordLength_1_out1_5 = BitSlice1_out1_7 ^ BitSlice_out1_9;



  assign Log2Table_int32_7_out1 = 33'sh1480D7A48;



  assign Log2MinusTable_int32_7_out1 = 33'sh0B963DD10;



  assign if_bitget_w_w_WordLength_0_out1_5 = (BitSlice_out1_9 == 1'b0 ? Log2Table_int32_7_out1 :
              Log2MinusTable_int32_7_out1);



  assign w_Log2MinusTable_int32_2_out1_4 = bitsll_w_1_out1_5 + if_bitget_w_w_WordLength_0_out1_5;



  assign if_bitget_w_w_WordLength_1_out1_6 = (alphabitget_w_w_WordLength_1_out1_5 == 1'b0 ? bitsll_w_1_out1_5 :
              w_Log2MinusTable_int32_2_out1_4);



  assign bitsll_w_1_out1_6 = if_bitget_w_w_WordLength_1_out1_6 <<< 8'd1;



  assign BitSlice1_out1_8 = bitsll_w_1_out1_6[31];



  assign BitSlice_out1_10 = bitsll_w_1_out1_6[32];



  assign alphabitget_w_w_WordLength_1_out1_6 = BitSlice1_out1_8 ^ BitSlice_out1_10;



  assign Log2Table_int32_8_out1 = 33'sh147B1DC94;



  assign Log2MinusTable_int32_8_out1 = 33'sh0B906CE04;



  assign if_bitget_w_w_WordLength_0_out1_6 = (BitSlice_out1_10 == 1'b0 ? Log2Table_int32_8_out1 :
              Log2MinusTable_int32_8_out1);



  assign w_Log2MinusTable_int32_2_out1_5 = bitsll_w_1_out1_6 + if_bitget_w_w_WordLength_0_out1_6;



  assign if_bitget_w_w_WordLength_1_out1_7 = (alphabitget_w_w_WordLength_1_out1_6 == 1'b0 ? bitsll_w_1_out1_6 :
              w_Log2MinusTable_int32_2_out1_5);



  assign bitsll_w_1_out1_7 = if_bitget_w_w_WordLength_1_out1_7 <<< 8'd1;



  assign BitSlice1_out1_9 = bitsll_w_1_out1_7[31];



  assign BitSlice_out1_11 = bitsll_w_1_out1_7[32];



  assign alphabitget_w_w_WordLength_1_out1_7 = BitSlice1_out1_9 ^ BitSlice_out1_11;



  assign Log2Table_int32_9_out1 = 33'sh14783E008;



  assign Log2MinusTable_int32_9_out1 = 33'sh0B8D87522;



  assign if_bitget_w_w_WordLength_0_out1_7 = (BitSlice_out1_11 == 1'b0 ? Log2Table_int32_9_out1 :
              Log2MinusTable_int32_9_out1);



  assign w_Log2MinusTable_int32_2_out1_6 = bitsll_w_1_out1_7 + if_bitget_w_w_WordLength_0_out1_7;



  assign if_bitget_w_w_WordLength_1_out1_8 = (alphabitget_w_w_WordLength_1_out1_7 == 1'b0 ? bitsll_w_1_out1_7 :
              w_Log2MinusTable_int32_2_out1_6);



  assign bitsll_w_1_out1_8 = if_bitget_w_w_WordLength_1_out1_8 <<< 8'd1;



  assign BitSlice1_out1_10 = bitsll_w_1_out1_8[31];



  assign BitSlice_out1_12 = bitsll_w_1_out1_8[32];



  assign alphabitget_w_w_WordLength_1_out1_8 = BitSlice1_out1_10 ^ BitSlice_out1_12;



  assign Log2Table_int32_10_out1 = 33'sh1476CD646;



  assign Log2MinusTable_int32_10_out1 = 33'sh0B8C1544A;



  assign if_bitget_w_w_WordLength_0_out1_8 = (BitSlice_out1_12 == 1'b0 ? Log2Table_int32_10_out1 :
              Log2MinusTable_int32_10_out1);



  assign w_Log2MinusTable_int32_2_out1_7 = bitsll_w_1_out1_8 + if_bitget_w_w_WordLength_0_out1_8;



  assign if_bitget_w_w_WordLength_1_out1_9 = (alphabitget_w_w_WordLength_1_out1_8 == 1'b0 ? bitsll_w_1_out1_8 :
              w_Log2MinusTable_int32_2_out1_7);



  assign bitsll_w_1_out1_9 = if_bitget_w_w_WordLength_1_out1_9 <<< 8'd1;



  assign BitSlice1_out1_11 = bitsll_w_1_out1_9[31];



  assign BitSlice_out1_13 = bitsll_w_1_out1_9[32];



  assign alphabitget_w_w_WordLength_1_out1_9 = BitSlice1_out1_11 ^ BitSlice_out1_13;



  assign Log2Table_int32_11_out1 = 33'sh147614E84;



  assign Log2MinusTable_int32_11_out1 = 33'sh0B8B5C6C4;



  assign if_bitget_w_w_WordLength_0_out1_9 = (BitSlice_out1_13 == 1'b0 ? Log2Table_int32_11_out1 :
              Log2MinusTable_int32_11_out1);



  assign w_Log2MinusTable_int32_2_out1_8 = bitsll_w_1_out1_9 + if_bitget_w_w_WordLength_0_out1_9;



  assign if_bitget_w_w_WordLength_1_out1_10 = (alphabitget_w_w_WordLength_1_out1_9 == 1'b0 ? bitsll_w_1_out1_9 :
              w_Log2MinusTable_int32_2_out1_8);



  assign bitsll_w_1_out1_10 = if_bitget_w_w_WordLength_1_out1_10 <<< 8'd1;



  assign BitSlice1_out1_12 = bitsll_w_1_out1_10[31];



  assign BitSlice_out1_14 = bitsll_w_1_out1_10[32];



  assign alphabitget_w_w_WordLength_1_out1_10 = BitSlice1_out1_12 ^ BitSlice_out1_14;



  assign C1_out1_4 = 4'sb0010;



  assign C_out1_5 = 4'sb0011;



  assign if_bitget_w_w_WordLength_1_1_out1 = (BitSlice_out1_3 == 1'b0 ? C1_out1_4 :
              C_out1_5);



  assign Constant_out1_2 = 2'b00;



  assign Bit_Concat_out1_4 = {if_bitget_w_w_WordLength_1_1_out1, Constant_out1_2};



  assign dtc1_out1_1 = Bit_Concat_out1_4;



  assign bitsrl_y_int32_2_out1 = dtc1_out1_1 >> 8'd2;



  assign y_tmp1_out1 = dtc1_out1_1 - bitsrl_y_int32_2_out1;



  assign y_tmp1_out1_1 = dtc1_out1_1 + bitsrl_y_int32_2_out1;



  assign if_bitget_w_w_WordLength_0_1_out1 = (BitSlice1_out1_2 == 1'b0 ? y_tmp1_out1 :
              y_tmp1_out1_1);



  assign if_bitget_w_w_WordLength_1_1_out1_1 = (alphabitget_w_w_WordLength_1_out1 == 1'b0 ? dtc1_out1_1 :
              if_bitget_w_w_WordLength_0_1_out1);



  assign Constant_out1_3 = 3'b000;



  assign Bit_Concat_out1_5 = {if_bitget_w_w_WordLength_1_1_out1_1, Constant_out1_3};



  assign dtc1_out1_2 = Bit_Concat_out1_5;



  assign bitsrl_y_int32_2_out1_1 = dtc1_out1_2 >> 8'd3;



  assign y_tmp1_out1_2 = dtc1_out1_2 - bitsrl_y_int32_2_out1_1;



  assign y_tmp1_out1_3 = dtc1_out1_2 + bitsrl_y_int32_2_out1_1;



  assign if_bitget_w_w_WordLength_0_1_out1_1 = (BitSlice1_out1_3 == 1'b0 ? y_tmp1_out1_2 :
              y_tmp1_out1_3);



  assign if_bitget_w_w_WordLength_1_1_out1_2 = (alphabitget_w_w_WordLength_1_out1_1 == 1'b0 ? dtc1_out1_2 :
              if_bitget_w_w_WordLength_0_1_out1_1);



  assign Constant_out1_4 = 4'b0000;



  assign Bit_Concat_out1_6 = {if_bitget_w_w_WordLength_1_1_out1_2, Constant_out1_4};



  assign dtc1_out1_3 = Bit_Concat_out1_6;



  assign bitsrl_y_int32_2_out1_2 = dtc1_out1_3 >> 8'd4;



  assign y_tmp1_out1_4 = dtc1_out1_3 - bitsrl_y_int32_2_out1_2;



  assign y_tmp1_out1_5 = dtc1_out1_3 + bitsrl_y_int32_2_out1_2;



  assign if_bitget_w_w_WordLength_0_1_out1_2 = (BitSlice1_out1_4 == 1'b0 ? y_tmp1_out1_4 :
              y_tmp1_out1_5);



  assign if_bitget_w_w_WordLength_1_1_out1_3 = (alphabitget_w_w_WordLength_1_out1_2 == 1'b0 ? dtc1_out1_3 :
              if_bitget_w_w_WordLength_0_1_out1_2);



  assign Constant_out1_5 = 5'b00000;



  assign Bit_Concat_out1_7 = {if_bitget_w_w_WordLength_1_1_out1_3, Constant_out1_5};



  assign dtc1_out1_4 = Bit_Concat_out1_7;



  assign bitsrl_y_int32_2_out1_3 = dtc1_out1_4 >> 8'd5;



  assign y_tmp1_out1_6 = dtc1_out1_4 - bitsrl_y_int32_2_out1_3;



  assign y_tmp1_out1_7 = dtc1_out1_4 + bitsrl_y_int32_2_out1_3;



  assign if_bitget_w_w_WordLength_0_1_out1_3 = (BitSlice1_out1_5 == 1'b0 ? y_tmp1_out1_6 :
              y_tmp1_out1_7);



  assign if_bitget_w_w_WordLength_1_1_out1_4 = (alphabitget_w_w_WordLength_1_out1_3 == 1'b0 ? dtc1_out1_4 :
              if_bitget_w_w_WordLength_0_1_out1_3);



  assign Constant_out1_6 = 6'b000000;



  assign Bit_Concat_out1_8 = {if_bitget_w_w_WordLength_1_1_out1_4, Constant_out1_6};



  assign dtc1_out1_5 = Bit_Concat_out1_8;



  assign bitsrl_y_int32_2_out1_4 = dtc1_out1_5 >> 8'd6;



  assign y_tmp1_out1_8 = dtc1_out1_5 - bitsrl_y_int32_2_out1_4;



  assign y_tmp1_out1_9 = dtc1_out1_5 + bitsrl_y_int32_2_out1_4;



  assign if_bitget_w_w_WordLength_0_1_out1_4 = (BitSlice1_out1_6 == 1'b0 ? y_tmp1_out1_8 :
              y_tmp1_out1_9);



  assign if_bitget_w_w_WordLength_1_1_out1_5 = (alphabitget_w_w_WordLength_1_out1_4 == 1'b0 ? dtc1_out1_5 :
              if_bitget_w_w_WordLength_0_1_out1_4);



  assign Constant_out1_7 = 7'b0000000;



  assign Bit_Concat_out1_9 = {if_bitget_w_w_WordLength_1_1_out1_5, Constant_out1_7};



  assign dtc1_out1_6 = Bit_Concat_out1_9;



  assign bitsrl_y_int32_2_out1_5 = dtc1_out1_6 >> 8'd7;



  assign y_tmp1_out1_10 = dtc1_out1_6 - bitsrl_y_int32_2_out1_5;



  assign y_tmp1_out1_11 = dtc1_out1_6 + bitsrl_y_int32_2_out1_5;



  assign if_bitget_w_w_WordLength_0_1_out1_5 = (BitSlice1_out1_7 == 1'b0 ? y_tmp1_out1_10 :
              y_tmp1_out1_11);



  assign if_bitget_w_w_WordLength_1_1_out1_6 = (alphabitget_w_w_WordLength_1_out1_5 == 1'b0 ? dtc1_out1_6 :
              if_bitget_w_w_WordLength_0_1_out1_5);



  assign Constant_out1_8 = 3'b000;



  assign Bit_Concat_out1_10 = {if_bitget_w_w_WordLength_1_1_out1_6, Constant_out1_8};



  assign dtc1_out1_7 = Bit_Concat_out1_10;



  assign bitsrl_y_int32_2_out1_6 = dtc1_out1_7 >> 8'd8;



  assign y_tmp1_out1_12 = dtc1_out1_7 - bitsrl_y_int32_2_out1_6;



  assign y_tmp1_out1_13 = dtc1_out1_7 + bitsrl_y_int32_2_out1_6;



  assign if_bitget_w_w_WordLength_0_1_out1_6 = (BitSlice1_out1_8 == 1'b0 ? y_tmp1_out1_12 :
              y_tmp1_out1_13);



  assign if_bitget_w_w_WordLength_1_1_out1_7 = (alphabitget_w_w_WordLength_1_out1_6 == 1'b0 ? dtc1_out1_7 :
              if_bitget_w_w_WordLength_0_1_out1_6);



  assign bitsrl_y_int32_2_out1_7 = if_bitget_w_w_WordLength_1_1_out1_7 >> 8'd9;



  assign y_tmp1_out1_14 = if_bitget_w_w_WordLength_1_1_out1_7 - bitsrl_y_int32_2_out1_7;



  assign y_tmp1_out1_15 = if_bitget_w_w_WordLength_1_1_out1_7 + bitsrl_y_int32_2_out1_7;



  assign if_bitget_w_w_WordLength_0_1_out1_7 = (BitSlice1_out1_9 == 1'b0 ? y_tmp1_out1_14 :
              y_tmp1_out1_15);



  assign if_bitget_w_w_WordLength_1_1_out1_8 = (alphabitget_w_w_WordLength_1_out1_7 == 1'b0 ? if_bitget_w_w_WordLength_1_1_out1_7 :
              if_bitget_w_w_WordLength_0_1_out1_7);



  assign bitsrl_y_int32_2_out1_8 = if_bitget_w_w_WordLength_1_1_out1_8 >> 8'd10;



  assign y_tmp1_out1_16 = if_bitget_w_w_WordLength_1_1_out1_8 - bitsrl_y_int32_2_out1_8;



  assign y_tmp1_out1_17 = if_bitget_w_w_WordLength_1_1_out1_8 + bitsrl_y_int32_2_out1_8;



  assign if_bitget_w_w_WordLength_0_1_out1_8 = (BitSlice1_out1_10 == 1'b0 ? y_tmp1_out1_16 :
              y_tmp1_out1_17);



  assign if_bitget_w_w_WordLength_1_1_out1_9 = (alphabitget_w_w_WordLength_1_out1_8 == 1'b0 ? if_bitget_w_w_WordLength_1_1_out1_8 :
              if_bitget_w_w_WordLength_0_1_out1_8);



  assign bitsrl_y_int32_2_out1_9 = if_bitget_w_w_WordLength_1_1_out1_9 >> 8'd11;



  assign y_tmp1_out1_18 = if_bitget_w_w_WordLength_1_1_out1_9 - bitsrl_y_int32_2_out1_9;



  assign y_tmp1_out1_19 = if_bitget_w_w_WordLength_1_1_out1_9 + bitsrl_y_int32_2_out1_9;



  assign if_bitget_w_w_WordLength_0_1_out1_9 = (BitSlice1_out1_11 == 1'b0 ? y_tmp1_out1_18 :
              y_tmp1_out1_19);



  assign if_bitget_w_w_WordLength_1_1_out1_10 = (alphabitget_w_w_WordLength_1_out1_9 == 1'b0 ? if_bitget_w_w_WordLength_1_1_out1_9 :
              if_bitget_w_w_WordLength_0_1_out1_9);



  assign bitsrl_y_int32_2_out1_10 = if_bitget_w_w_WordLength_1_1_out1_10 >> 8'd12;



  assign y_tmp1_out1_20 = if_bitget_w_w_WordLength_1_1_out1_10 - bitsrl_y_int32_2_out1_10;



  assign y_tmp1_out1_21 = if_bitget_w_w_WordLength_1_1_out1_10 + bitsrl_y_int32_2_out1_10;



  assign if_bitget_w_w_WordLength_0_1_out1_10 = (BitSlice1_out1_12 == 1'b0 ? y_tmp1_out1_20 :
              y_tmp1_out1_21);



  assign if_bitget_w_w_WordLength_1_1_out1_11 = (alphabitget_w_w_WordLength_1_out1_10 == 1'b0 ? if_bitget_w_w_WordLength_1_1_out1_10 :
              if_bitget_w_w_WordLength_0_1_out1_10);



  assign Log2Table_int32_11_out1_1 = 33'sh1475B89EA;



  assign Log2MinusTable_int32_11_out1_1 = 33'sh0B8B000B8;



  assign if_bitget_w_w_WordLength_0_out1_10 = (BitSlice_out1_14 == 1'b0 ? Log2Table_int32_11_out1_1 :
              Log2MinusTable_int32_11_out1_1);



  assign w_Log2MinusTable_int32_2_out1_9 = bitsll_w_1_out1_10 + if_bitget_w_w_WordLength_0_out1_10;



  assign if_bitget_w_w_WordLength_1_out1_11 = (alphabitget_w_w_WordLength_1_out1_10 == 1'b0 ? bitsll_w_1_out1_10 :
              w_Log2MinusTable_int32_2_out1_9);



  assign Bit_Slice_out1 = if_bitget_w_w_WordLength_1_out1_11[32:12];



  assign Data_Type_Conversion_out1_1 = Bit_Slice_out1;



  assign Bit_Slice2_out1 = if_bitget_w_w_WordLength_1_1_out1_11[32:12];



  assign Data_Type_Conversion1_out1 = Bit_Slice2_out1;



  assign alpha0_69314717873930931_out1 = 21'sb001011000101110010000;



  assign tmp1_0_69314717873930931_mul_temp = Data_Type_Conversion_out1_1 * alpha0_69314717873930931_out1;
  assign tmp1_0_69314717873930931_out1 = tmp1_0_69314717873930931_mul_temp[39:19];



  assign tmp2_y_mul_temp = Data_Type_Conversion1_out1 * tmp1_0_69314717873930931_out1;
  assign tmp2_y_out1 = tmp2_y_mul_temp[39:19];



  assign Bit_Slice1_out1 = tmp2_y_out1[20];



  assign Constant1_out1 = 13'sb0000000000000;



  assign Constant_out1_9 = 13'sb1111111111111;



  assign Switch_out1_1 = (Bit_Slice1_out1 == 1'b0 ? Constant1_out1 :
              Constant_out1_9);



  assign Bit_Concat_out1_11 = {Switch_out1_1, tmp2_y_out1};



  assign DTC2_out1_1 = Bit_Concat_out1_11;



  assign y_tmp3_out1 = if_bitget_w_w_WordLength_1_1_out1_11 + DTC2_out1_1;



  assign BitSlice_out1_15 = y_tmp3_out1[30:7];



  assign if_exp_out_0_1_out1 = (exp_out_0_out1 == 1'b0 ? C2_out1_1 :
              BitSlice_out1_15);



  assign Bit_Concat_out1_12 = {alpha0_out1_2, if_exp_out_0_1_out1};



  assign BitSlice_out1_16 = Bit_Concat_out1_12[0];



  assign BitSlice1_out1_13 = Bit_Concat_out1_12[1];



  assign alphabitget_Mant_tmp_2_0_out1 = BitSlice1_out1_13 | Logical_Operator_out1;



  assign alphabitget_Mant_tmp_1_0_out1 = BitSlice_out1_16 & alphabitget_Mant_tmp_2_0_out1;



  assign cast_2_like_Mant_tmp_out1 = 25'b0000000000000000000000010;



  assign Mant_tmp_cast_2_like_Man_1 = {7'b0, Bit_Concat_out1_12};
  assign Mant_tmp_cast_2_like_Man_2 = {7'b0, cast_2_like_Mant_tmp_out1};
  assign Mant_tmp_cast_2_like_Man_add_temp = Mant_tmp_cast_2_like_Man_1 + Mant_tmp_cast_2_like_Man_2;
  assign Mant_tmp_cast_2_like_Man_out1 = Mant_tmp_cast_2_like_Man_add_temp[24:0];



  assign if_bitget_Mant_tmp_1_0_out1 = (alphabitget_Mant_tmp_1_0_out1 == 1'b0 ? Bit_Concat_out1_12 :
              Mant_tmp_cast_2_like_Man_out1);



  assign BitSlice2_out1_2 = if_bitget_Mant_tmp_1_0_out1[24];



  assign BitSlice2_out1_3 = if_aSign_1_out1[9];



  assign Logical_Operator_out1_1 =  ~ BitSlice2_out1_3;



  assign BitSlice1_out1_14 = y_tmp3_out1[30];



  assign bitget_y_cfType_Pow2Intermedi_out1 = Logical_Operator_out1_1 & BitSlice1_out1_14;



  assign C1_out1_5 = 8'b00000000;



  assign C_out1_6 = 8'b00000001;



  assign if_bitget_y_cfType_Pow2Intermed_out1 = (bitget_y_cfType_Pow2Intermedi_out1 == 1'b0 ? C1_out1_5 :
              C_out1_6);



  assign DTC_out1_1 = if_aSign_1_out1[7:0];



  assign if_exp_out_0_out1 = (exp_out_0_out1 == 1'b0 ? if_bitget_y_cfType_Pow2Intermed_out1 :
              DTC_out1_1);



  assign cast_1_like_Exp_out1 = 8'b00000001;



  assign Exp_cast_1_like_Exp_out1 = if_exp_out_0_out1 + cast_1_like_Exp_out1;



  assign if_bitget_Mant_tmp_Mant_tmp_Wor_out1 = (BitSlice2_out1_2 == 1'b0 ? if_exp_out_0_out1 :
              Exp_cast_1_like_Exp_out1);



  assign if_in_range_out1 = (exp_tmp_upperBound_relop1 == 1'b0 ? if_aSign_out1_1 :
              if_bitget_Mant_tmp_Mant_tmp_Wor_out1);



  assign C_out1_7 = 8'b00000000;



  assign if_aMantissa_0_aSign_out1 = (alphaaMantissa_0_aSign_out1 == 1'b0 ? aExponent :
              C_out1_7);



  assign if_aExponent_cfType_Exponent_out1 = (aExponent_cfType_Exponent_I_out1 == 1'b0 ? if_in_range_out1 :
              if_aMantissa_0_aSign_out1);



  assign C2_out1_2 = 23'b00000000000000000000000;



  assign Compare_To_Zero_out1_1 = if_bitget_Mant_tmp_Mant_tmp_Wor_out1 == 8'b00000000;



  assign Logical_Operator_out1_2 = Compare_To_Zero_out1_1 | BitSlice2_out1_2;



  assign BitSlice3_out1 = if_bitget_Mant_tmp_1_0_out1[23:1];



  assign C_out1_8 = 23'b00000000000000000000000;



  assign if_bitget_Mant_tmp_Mant_tmp_Wor_1_out1 = (Logical_Operator_out1_2 == 1'b0 ? BitSlice3_out1 :
              C_out1_8);



  assign if_in_range_1_out1 = (exp_tmp_upperBound_relop1 == 1'b0 ? C2_out1_2 :
              if_bitget_Mant_tmp_Mant_tmp_Wor_1_out1);



  assign if_aExponent_cfType_Exponent_1_out1 = (aExponent_cfType_Exponent_I_out1 == 1'b0 ? if_in_range_1_out1 :
              Switch_out1);



  // Combine FP sign, exponent, mantissa into 32 bit word
  assign nfp_out_pack = {if_aExponent_cfType_Exponent_2_out1, if_aExponent_cfType_Exponent_out1, if_aExponent_cfType_Exponent_1_out1};



  assign nfp_out = nfp_out_pack;

endmodule  // nfp_pow10_single